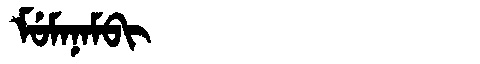
Manchu: ᠮᡠᠮᠠᠨᠠᠮᠪᡳ
Romanization: MUMANAMBI